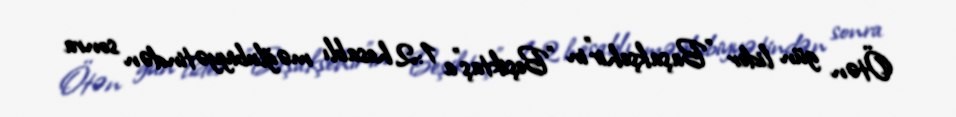
Ötən gün lider "Başakşehir"in "Beşiktaş"a 1:2 hesablı məğlubiyyətindən sonra